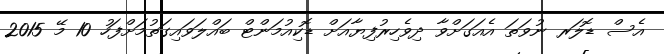
އެސް ޑޮލަރ ނުވަތަ އެއަގަށްވާ ދިވެހިރުފިޔާއަށް ޑޮކިއުމަންޓް ބައްލަވައިގަތުމަށްފަހު 10 މޭ 2015